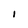
Character: 1